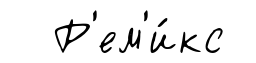
Р'ем'и́кс